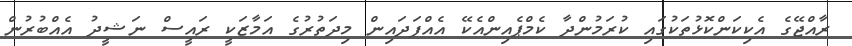
ރާއްޖޭގެ އެކިކަންކޮޅުތަކުގައި ކުރަމުންދާ ކެމްޕެއިންއެކޭ އެއްފަދައިން މިދަތުރުގެ އަމާޒަކީ ރައީސް ނަޝީދު އެއްބުރުން